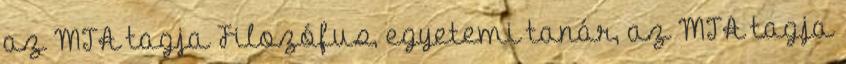
az MTA tagja Filozófus, egyetemi tanár, az MTA tagja